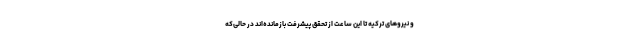
و نیروهای ترکیه تا این ساعت از تحقق پیشرفت بازمانده‌اند در حالی‌که